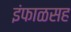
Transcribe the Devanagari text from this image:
इंफाळसह